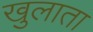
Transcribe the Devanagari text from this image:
खुलाता